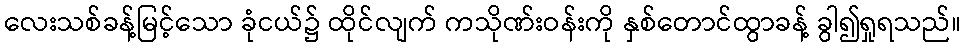
လေးသစ်ခန့်မြင့်သော ခုံငယ်၌ ထိုင်လျက် ကသိုဏ်းဝန်းကို နှစ်တောင်ထွာခန့် ခွါ၍ရှုရသည်။